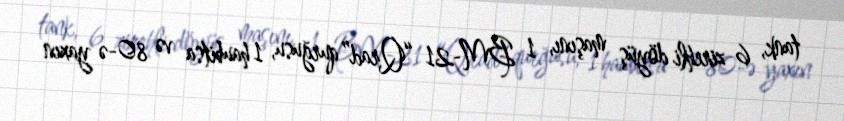
tank, 6 zirehli döyüş maşını, 1 BM-21 “Qrad” qurğusu, 1 haubitsa və 80-ə yaxın